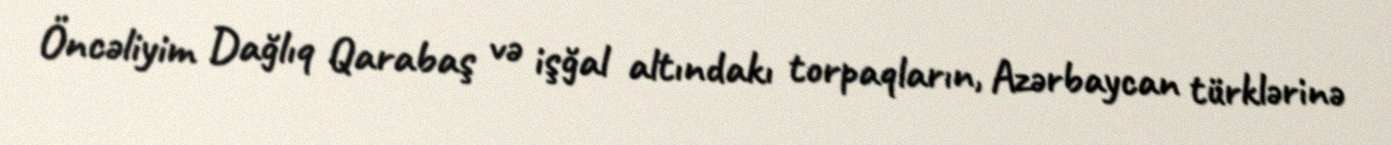
Öncəliyim Dağlıq Qarabaş və işğal altındakı torpaqların, Azərbaycan türklərinə